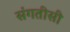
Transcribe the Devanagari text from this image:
संगतीसी